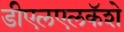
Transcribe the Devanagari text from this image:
डीएलएलकॅशे